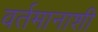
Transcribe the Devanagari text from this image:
वर्तमानाशी